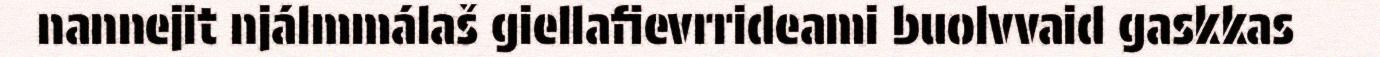
nannejit njálmmálaš giellafievrrideami buolvvaid gaskkas